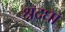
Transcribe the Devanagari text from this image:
श्रद्घा